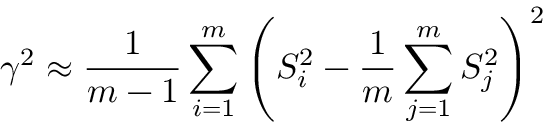
\gamma ^ { 2 } \approx \frac { 1 } { m - 1 } \sum _ { i = 1 } ^ { m } \left( S _ { i } ^ { 2 } - \frac { 1 } { m } \sum _ { j = 1 } ^ { m } S _ { j } ^ { 2 } \right) ^ { 2 }